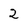
Character: 2